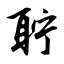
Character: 聍